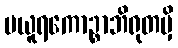
မယူရကောဉ္စာဘိရုတမှိ